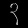
Digit: ၃